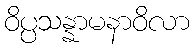
ဝိပ္ပသန္နာမနာဝိလာ